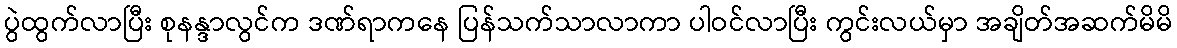
ပွဲထွက်လာပြီး စုနန္ဒာလွင်က ဒဏ်ရာကနေ ပြန်သက်သာလာကာ ပါဝင်လာပြီး ကွင်းလယ်မှာ အချိတ်အဆက်မိမိ